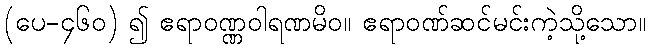
(ပေ-၄၆၀) ၍ ဧရာဝဏ္ဏဝါရဏမိဝ။ ဧရာဝဏ်ဆင်မင်းကဲ့သို့သော။